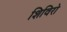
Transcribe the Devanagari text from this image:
शिविरो